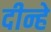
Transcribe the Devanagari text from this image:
दीन्हे